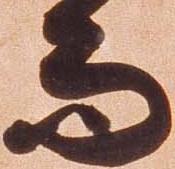
而